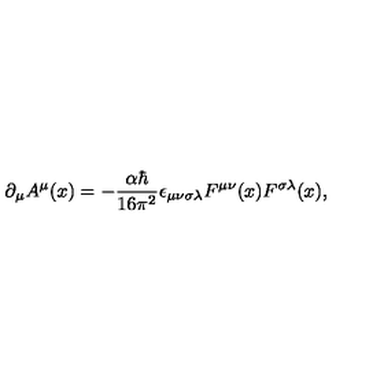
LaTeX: \partial _ { \mu } A ^ { \mu } ( x ) = - \frac { \alpha \hbar } { 1 6 \pi ^ { 2 } } \epsilon _ { \mu \nu \sigma \lambda } F ^ { \mu \nu } ( x ) F ^ { \sigma \lambda } ( x ) ,